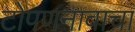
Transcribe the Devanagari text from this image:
टोपणनावाचा